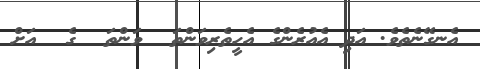
އެނގޭނެތެވެ. އަދި އެއުރެންގެ އެހީތެރިވަންތަ  ވަންތަ  ގެ  އަށް